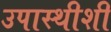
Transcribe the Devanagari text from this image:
उपास्थीशी